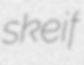
skeif